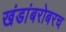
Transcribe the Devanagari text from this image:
खंडांबरोबरच